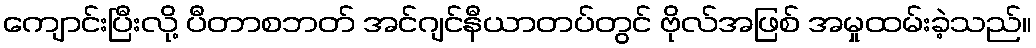
ကျောင်းပြီးလို့ ပီတာစဘတ် အင်ဂျင်နီယာတပ်တွင် ဗိုလ်အဖြစ် အမှုထမ်းခဲ့သည်။